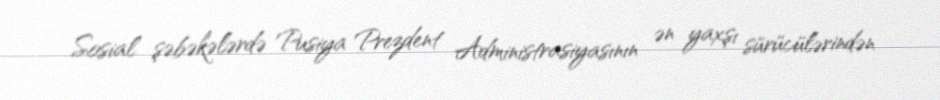
Sosial şəbəkələrdə Pusiya Prezdent Administrasiyasının ən yaxşı sürücülərindən